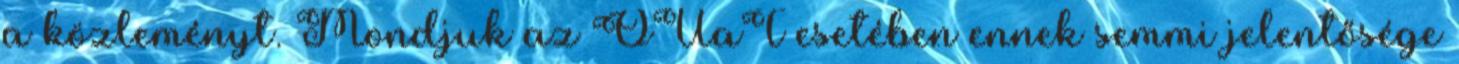
a közleményt. Mondjuk az OUaT esetében ennek semmi jelentősége